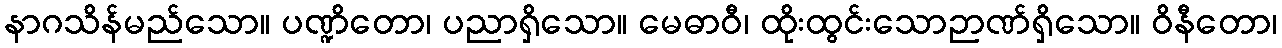
နာဂသိန်မည်သော။ ပဏ္ဍိတော၊ ပညာရှိသော။ မေဓာဝီ၊ ထိုးထွင်းသောဉာဏ်ရှိသော။ ဝိနီတော၊